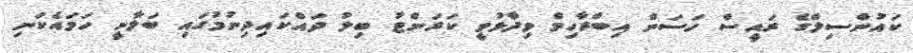
ކައުންސިލްގެ ރައީސް ހަސަން އިބްރާހިމް ވިދާޅުވީ ކަރަންޓު ބިލު ދައްކައިދިނުމުގައި ބަލާނީ ހަމައެކަނި